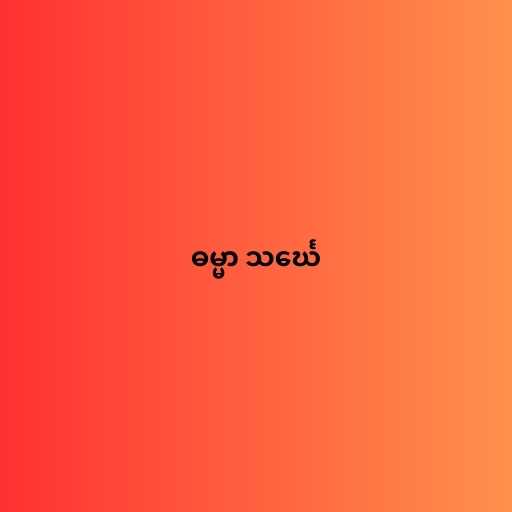
ဓမ္မာ သင်္ဃေ